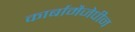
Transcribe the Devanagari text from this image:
कार्बामैजेपीन